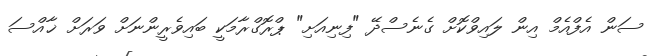
ސަން އެފްއެމް އިން ލައިވްކޮށް ގެނެސްދޭ "ފިނިއަށި" ޕްރޮގްރާމަކީ ބައިވެރީންނަށް ވަރަށް ޚާއްސަ